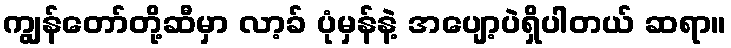
ကျွန်တော်တို့ဆီမှာ လာ့ခ် ပုံမှန်နဲ့ အပျော့ပဲရှိပါတယ် ဆရာ။